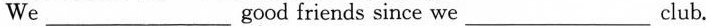
we ___ good friends snce we ___ club。